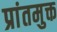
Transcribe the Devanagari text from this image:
प्रांतमुक्त